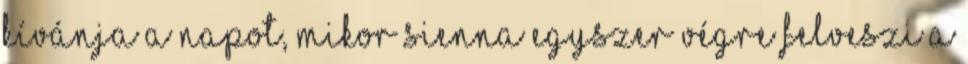
kívánja a napot, mikor Sienna egyszer végre felveszi a